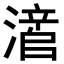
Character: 𬉃